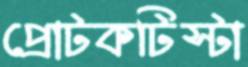
প্রোটকটিস্টা